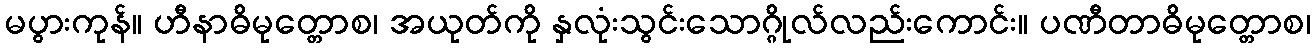
မပွားကုန်။ ဟီနာဓိမုတ္တောစ၊ အယုတ်ကို နှလုံးသွင်းသောဂ္ဂိုလ်လည်းကောင်း။ ပဏီတာဓိမုတ္တောစ၊